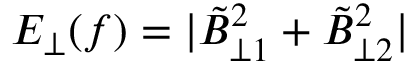
E _ { \perp } ( f ) = \lvert \tilde { B } _ { \perp 1 } ^ { 2 } + \tilde { B } _ { \perp 2 } ^ { 2 } \rvert